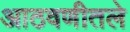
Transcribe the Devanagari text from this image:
आठवणीतले